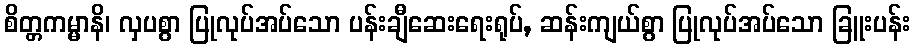
စိတ္တကမ္မာနိ၊ လှပစွာ ပြုလုပ်အပ်သော ပန်းချီဆေးရေးရုပ်, ဆန်းကျယ်စွာ ပြုလုပ်အပ်သော ခြူးပန်း